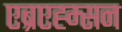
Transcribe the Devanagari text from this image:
एब्रएह्म्सन